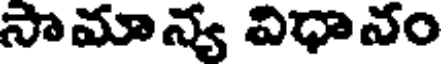
సామాన్య విధానం